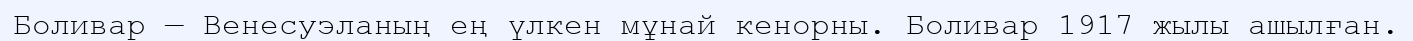
Боливар — Венесуэланың ең үлкен мұнай кенорны. Боливар 1917 жылы ашылған.